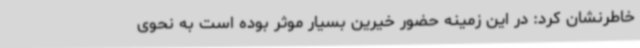
خاطرنشان کرد: در این زمینه حضور خیرین بسیار موثر بوده است به نحوی